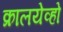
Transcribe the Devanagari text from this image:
क्रालयेव्हो